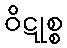
ဝိဋုစ္စ